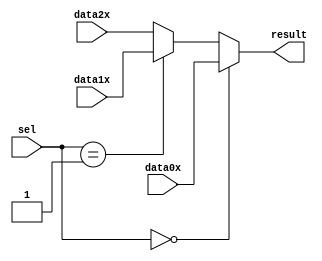
module mux_16_bits (
	data0x,
	data1x,
	data2x,
	sel,
	result);

	input	[15:0]  data0x;
	input	[15:0]  data1x;
	input	[15:0]  data2x;
	input	[ 1:0]  sel;
	output	[15:0]  result;

	reg [15: 0]	result;
	
initial 
	begin
		result = 16'd0;
	end
	
always@(*)
	begin
		if (sel == 2'b00)
			result = data0x;
		else if (sel == 2'b01)
			result = data1x;
		else 
			result = data2x;
	end
endmodule